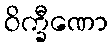
ဝိက္ခီဏော